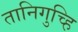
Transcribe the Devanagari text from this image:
तानिगुच्हि